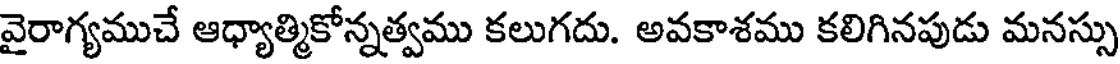
వైరాగ్యముచే ఆధ్యాత్మికోన్నత్వము కలుగదు. అవకాశము కలిగినపుడు మనస్సు